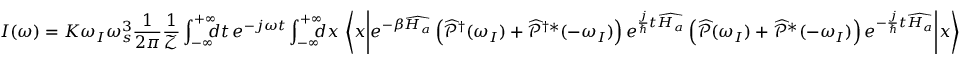
I ( \omega ) = K \omega _ { I } \omega _ { s } ^ { 3 } \frac { 1 } { 2 \pi } \frac { 1 } { \mathcal { Z } } \int _ { - \infty } ^ { + \infty } \! \! \! \! d t \, e ^ { - j \omega t } \int _ { - \infty } ^ { + \infty } \! \! \! \! d x \, \left< x \middle | e ^ { - \beta \widehat { H _ { a } } } \left( \widehat { \mathcal { P } } ^ { \dagger } ( \omega _ { I } ) + \widehat { \mathcal { P } } ^ { \dagger * } ( - \omega _ { I } ) \right) e ^ { \frac { j } { \hbar } t \widehat { H _ { a } } } \left( \widehat { \mathcal { P } } ( \omega _ { I } ) + \widehat { \mathcal { P } } ^ { * } ( - \omega _ { I } ) \right) e ^ { - \frac { j } { \hbar } t \widehat { H _ { a } } } \middle | x \right>